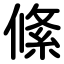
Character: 絛